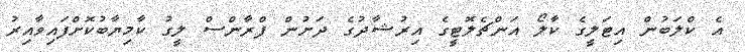
އެ ކްލަބުން އިޓަލީގެ ކާލޯ އަންޗެލޮޓީގެ އިރުޝާދުގެ ދަށުން ފްރާންސް ލީގު ކާމިޔާބުކޮށްފައިވާއިރު